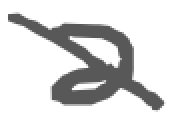
Text: a
Cross-out: mix
Writing tool: digital_gray